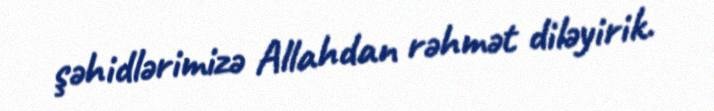
şəhidlərimizə Allahdan rəhmət diləyirik.